Leaving Certificate Examination, 1914
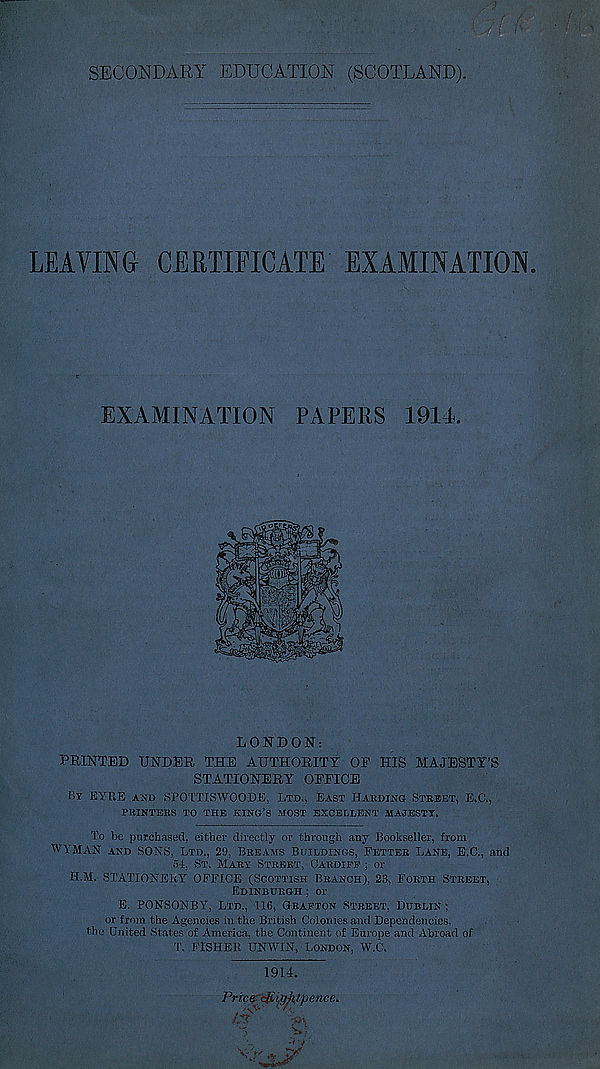
SECONDARY EDUCATION (SCOTLAND).
LEAVING CERTIFICATE EXAMINATION
EXAMINATION PAPERS 1914.
LONDON:
PRINTED UNDER THE AUTHORITY OE HIS MAJESTY’S
STATIONERY OFFICE
By BYKE AND SPOTTISWOODE, LTD., EAST HAKDING STREET, E.C.,
PRINTERS TO THE KING’S MOST EXCELLENT MAJESTY.
To be purchased, either directly or through any Bookseller, from
WYMAN AND SONS, LTD., 29, BREAMS BUILDINGS, FETTER LANE, E.C., and
54, ST. MARY STREET, CARDIFF ; or
H.M. STATIONERY OFFICE (SCOTTISH BRANCH), 23, FORTH STREET,
EDINBURGH ; or
E. PONSONBY, LTD., 116, GRAFTON STREET, DUBLIN ;
or from the Agencies in the British Colonies and Dependencies,
the United States of America, the Continent of Europe and Abroad of
T. FISHER UNWIN, LONDON, W.C,
1914.
Prices cj£ightpence.